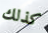
كذلك